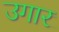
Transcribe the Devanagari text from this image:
उगार